Vaccination in Bombay 1889-1901 - 1889-1901
Year: 1889
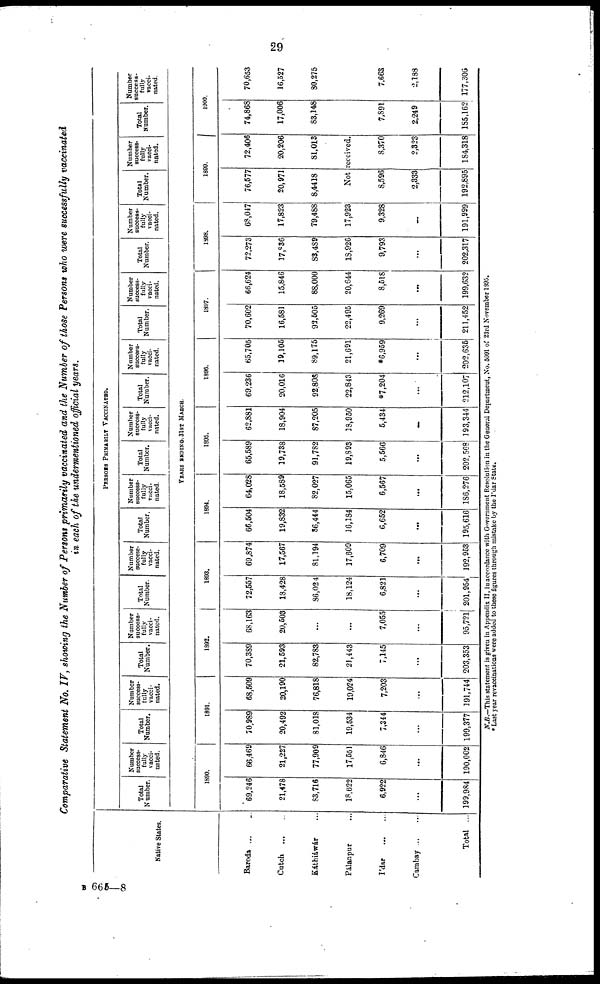
29
Comparative Statement No. IV, showing the Number of Persons primarily vaccinated and the Number of those Persons who were successfully vaccinated
in each of the undermentioned official years.
Native States.
Baroda ... ...
Cutch ... ...
Káthiáwár
Pálanpur ...
I'dar ... ...
Cambay...
...
Total ...
PERSONS PRIMARILY VACCINATED.
Total
Number.
Number
success-
fully
vacci-
nated.
Total
Number.
Number
success-
fully
vacci-
nated.
Total
Number.
Number
success-
fully
vacci-
nated.
Total
Number.
Number
success-
fully
vacci-
nated.
Total
Number.
Number
success-
fully
vacci¬
nated.
Total
Number.
Number
success-
fully
vacci-
nated.
Total
Number.
Number
success-
fully
vacci-
nated.
Total
Number.
Number
success-
fully
vacci-
nated.
Total
Number.
Number
success-
fully
vacci-
nated.
Total
Number.
Number
success-
fully
vacci-
nated.
Total
Number.
Number
success-
fully
vacci-
nated.
YEARS ENDING 31ST MARCH.
1890.
69,246
21,478
83,716
18,622
6,922
...
199,984
66,469
21,227
77,909
17,551
6,846
...
190,002
1891.
70,989
20,492
81,018
19,534
7,344
...
199,377
68,509
20,190
76,818
19,024
7,203
...
191,744
1892.
70,389
21,593
82,783
21,443
7,145
...
203,353
68,163
20,503
...
...
7,055
...
95,721
1893.
72,557
18,428
86,024
18,124
6,821
...
201,954
69,874
17,567
81,194
17,609
6,709
...
192,953
1894.
66,504
19,832
86,444
16,184
6,652
...
195,616
64,028
18,589
82,027
15,065
6,567
...
186,276
1895.
65,589
19,738
91,782
19,893
5,566
...
202,568
62,881
18,904
87,205
18,950
5,434
...
193,344
1896.
69,236
20,016
92,808
22,843
*7,204
...
212,107
65,705
19,106
89,175
21,691
*6,959
...
202,635
1897.
70,602
16,581
92,505
22,495
9,269
...
211,452
66,624
15,846
88,000
20,644
8,518
...
199,632
1898.
72,273
17,936
88,489
18,926
9,793
...
202,317
68,047
17,823
79,488
17,923
9,328
...
191,999
1899.
76,577
20,971
8,4418
72,406
20,206
81,013
Not received.
8,596
2,333
192,895
8,370
2,323
184,318
1900.
74,868
17,006
83,148
7,891
2,249
185,162
70,653
16,527
80,275
7,663
2,188
177,306
N.B.—This statement is given in Appendix II, in accordance with Government Resolution in the General Department, No. 5091 of 23rd November 1895.
* Last year revaccinations were added to these figures through mistake by the Ídar State.
B 665—8